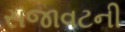
સજાવટની